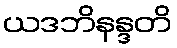
ယဒဘိနန္ဒတိ